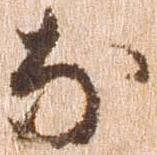
な